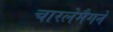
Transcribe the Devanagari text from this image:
चारलेमैगने